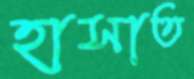
হাসাত